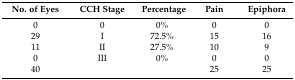
<table><thead><tr><td><b>No. of Eyes</b></td><td><b>CCH Stage</b></td><td><b>Percentage</b></td><td><b>Pain</b></td><td><b>Epiphora</b></td></tr></thead><tbody><tr><td>0</td><td>0</td><td>0%</td><td>0</td><td>0</td></tr><tr><td>29</td><td>I</td><td>72.5%</td><td>15</td><td>16</td></tr><tr><td>11</td><td>II</td><td>27.5%</td><td>10</td><td>9</td></tr><tr><td>0</td><td>III</td><td>0%</td><td>0</td><td>0</td></tr><tr><td>40</td><td colspan="2"></td><td>25</td><td>25</td></tr></tbody></table>